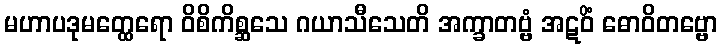
မဟာပဒုမတ္ထေရော ဝိစိကိစ္ဆသေ ဂယာသီသေတိ အက္ခာတဗ္ဗံ အဋဝိံ ဓောဝိတဗ္ဗော